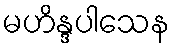
မဟိန္ဒပါသေန